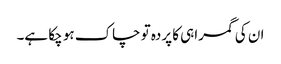
ان کی گمراہی کا پردہ تو چاک ہو چکا ہے۔